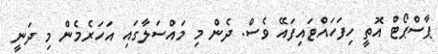
ޕާސްޕޯޓް އޮތީ ހިފަހައްޓައިފައޭ ވެސް. ދެން މި މައްސަލާގައި އަހަރެމެން މި ދަނީ